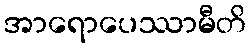
အာရောပေဿာမီတိ